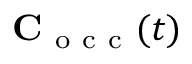
\mathbf C _ { \mathrm { ~ o ~ c ~ c ~ } } ( t )